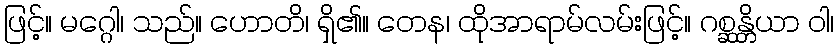
ဖြင့်။ မဂ္ဂေါ၊ သည်။ ဟောတိ၊ ရှိ၏။ တေန၊ ထိုအာရာမ်လမ်းဖြင့်။ ဂစ္ဆန္တိယာ ဝါ၊